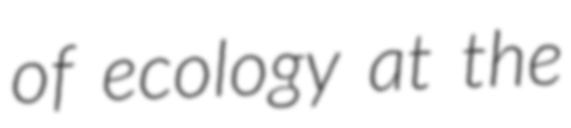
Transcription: of ecology at the